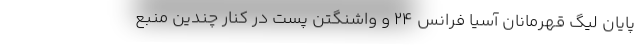
پایان لیگ قهرمانان آسیا فرانس ۲۴ و واشنگتن پست در کنار چندین منبع